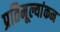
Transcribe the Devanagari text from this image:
प्रतिमूल्यांकन